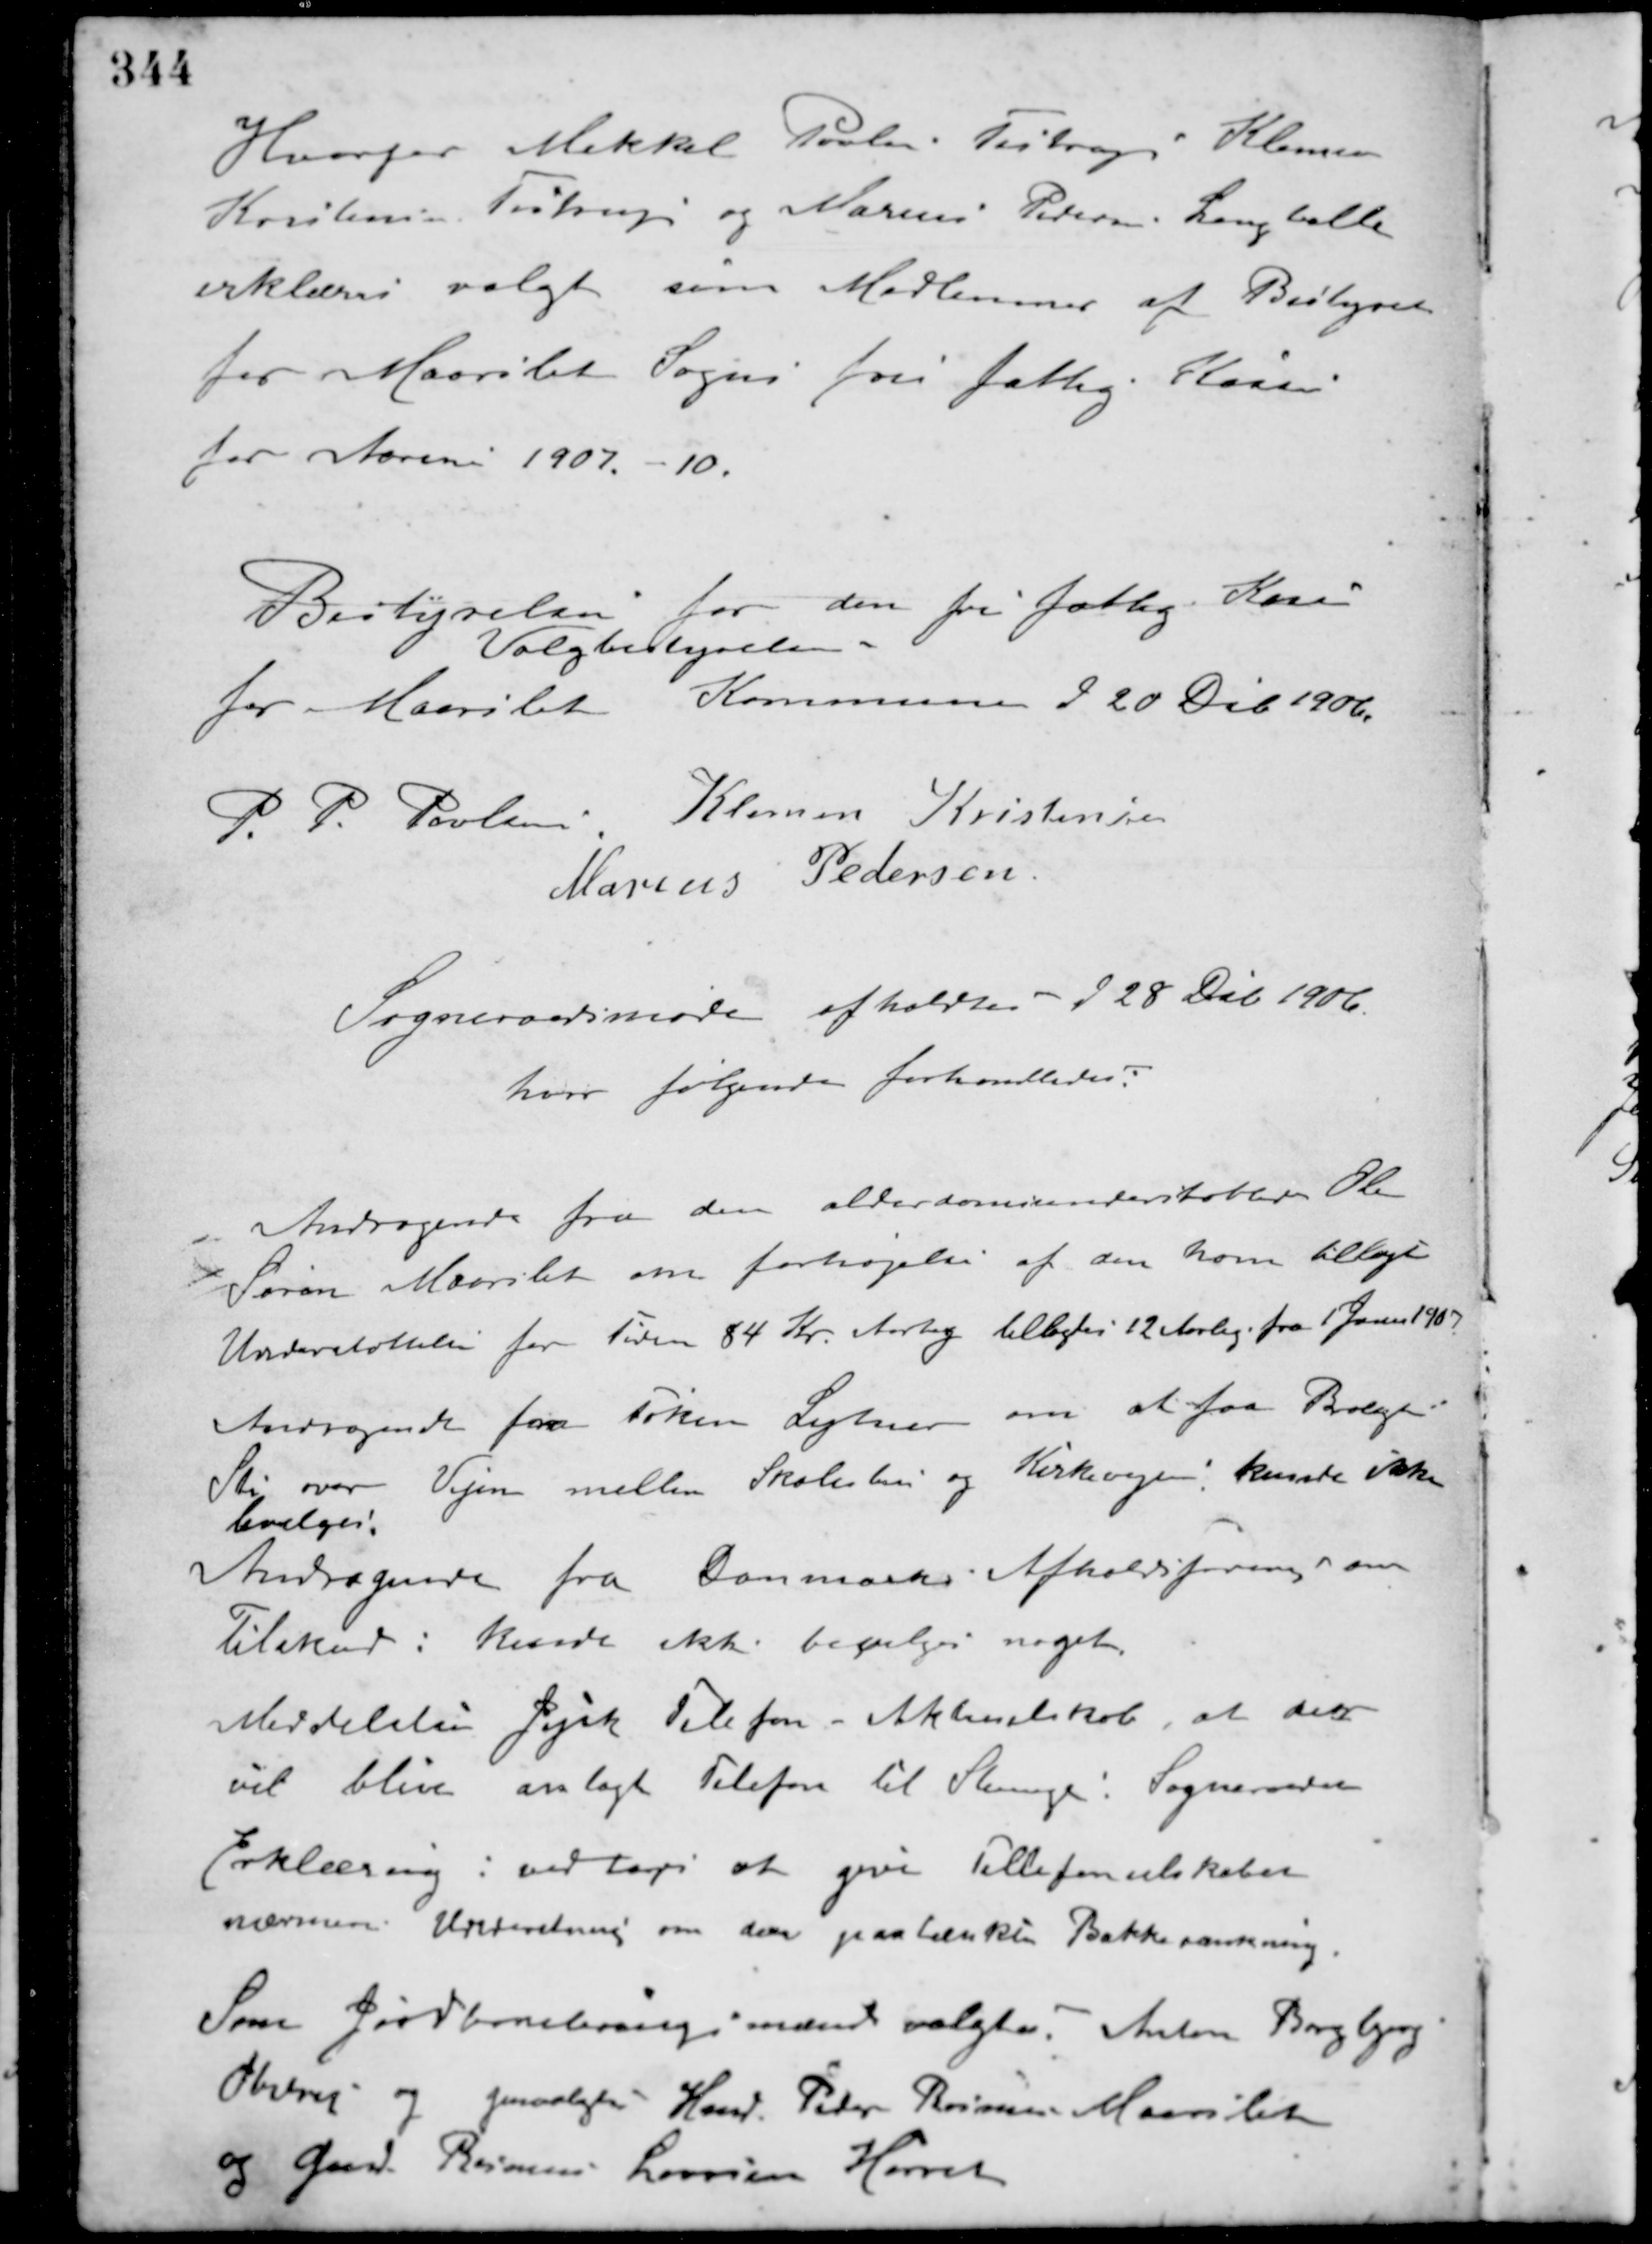
Transskription:
Hvorfor Mikkel Povlsen Testrup Klemen
Kirstensen Testrup og Marius Pedersen Langballe
erklæres valgt som Medlemmer af Bestyrelsen
for Maarslet Sogns fri fattig Kasse
for Aarene 1907. - 10.
Bestyrelsen for den fri fattig Kasse
Valgbestyrelsen
for Maarslet Kommune d 20 Deb. 1906.
P. P. Poulsen Klemen Kristensen
Marius Pedersen
Sogneraadsmøde afholdtes d 28 Deb. 1906
hvor følgende forhandledes:
Andragende fra den alderdomsunderstøttede Ole
Søren Maarslet om forhøjelse af den ham tillagte
Understøttelse for Tiden 84 Kr. Aarlig tillagdes 12 Aarlig fra 1 Januar 1907.
Andragende fra Føken Lytner om at faa Brolagt
Sti over Vejen mellem Skolestue og Kirkevejen, kunde ikke
bevilges.
Andragende fra Danmarks Afholdsforening om
Tilskud: kunde ikke bevilges noget.
Meddelelse Jysk Telefon - Aktieselskab, at der
vil blive anlagt Telefon til Stenege. Sogneraadets
Erklæring: vedtoges at give Tellefonselskabet
nærmere Underretning om den paatænkte Bakkesænkning.
Som Jordbonebringsmænd valgtes Anton Borgbjerg
Obstrup og genvalgtes Hmd. Peter Rasmussen Maarslet
og Gmd. Rasmus Laursen Hørret.